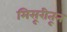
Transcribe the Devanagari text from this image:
मिसूरीतून